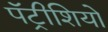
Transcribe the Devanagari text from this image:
पॅट्रीशियो